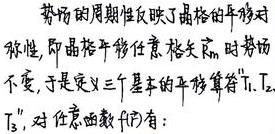
势场的周期性反映了晶格的平移对称性, 即晶格平移任意格矢 $\vec{R}_n$ 时势场不变, 于是定义三个基本的平移算符 $\hat{T}_1, \hat{T}_2, \hat{T}_3$, 对任意函数 $f(\vec{r})$ 有: